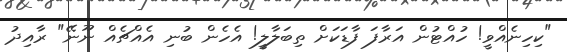
"ކިހިނެއްވީ! ހުއްޓުން އަރާފަ ފާޑަކަށް ތިބަލާލީ! އެހެން ބުނި އެއްޗެއް ނޫނޭ" ރާއިދު